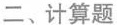
二、计算题